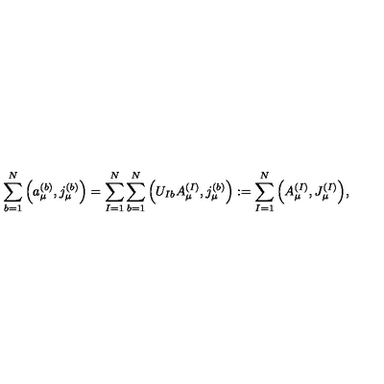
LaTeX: \sum _ { b = 1 } ^ { N } \Big ( a _ { \mu } ^ { ( b ) } , j _ { \mu } ^ { ( b ) } \Big ) = \sum _ { I = 1 } ^ { N } \sum _ { b = 1 } ^ { N } \Big ( U _ { I b } A _ { \mu } ^ { ( I ) } , j _ { \mu } ^ { ( b ) } \Big ) : = \sum _ { I = 1 } ^ { N } \Big ( A _ { \mu } ^ { ( I ) } , J _ { \mu } ^ { ( I ) } \Big ) ,